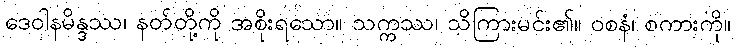
ဒေဝါနမိန္ဒဿ၊ နတ်တို့ကို အစိုးရသော။ သက္ကဿ၊ သိကြားမင်း၏။ ဝစနံ၊ စကားကို။